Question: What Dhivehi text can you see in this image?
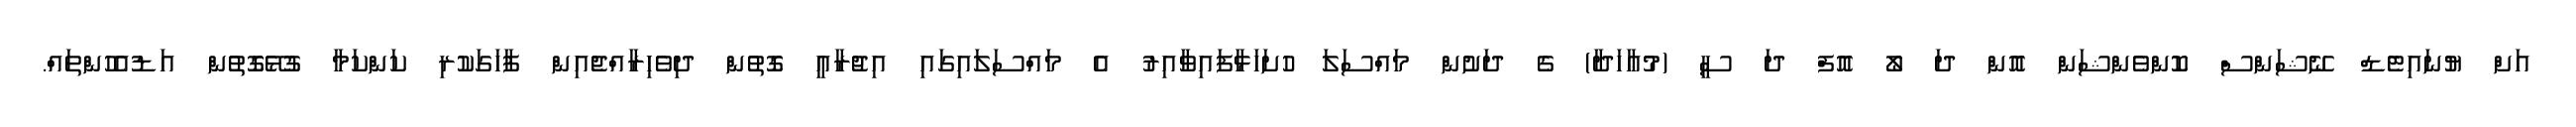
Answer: އަށް ޔުނައިޓެޑް ނޭޝަންސް ކޮންވެންޝަން އޮން ދަ ލޯ އޮފް ދަ ސީ (މުޢާހަދާ) ގެ ދަށުން މައްސަލަ ހުށަހަޅާފައިވާއިރު އެ މައްސަލައިގައި އިޖުރާއީ ގޮތުން ދިވެހިރާއްޖެއިން ފާހަގަކުރި ކަންކަމާ ގުޅޭގޮތުން އަޑުއެހުންތައް.